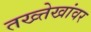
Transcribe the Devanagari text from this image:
तख्त्तेखांवर